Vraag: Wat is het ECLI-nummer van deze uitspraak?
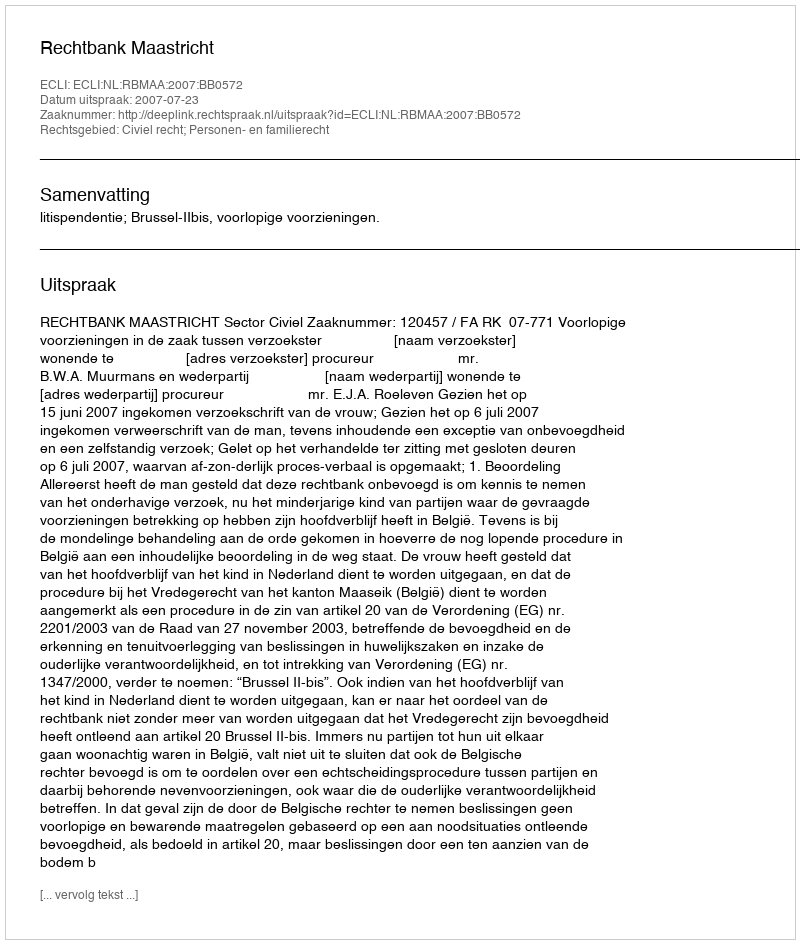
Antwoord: ECLI:NL:RBMAA:2007:BB0572